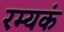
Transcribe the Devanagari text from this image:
रम्यकं